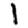
Digit: 1